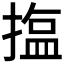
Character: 𪮝